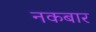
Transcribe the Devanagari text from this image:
नकबार